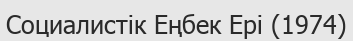
Социалистік Еңбек Ері (1974)